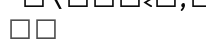
٢١